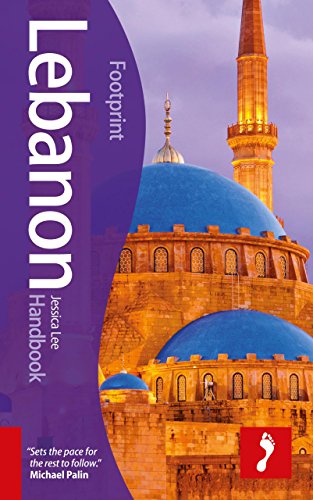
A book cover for Lebanon Handbook (Footprint - Handbooks); Jessica Lee; Travel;